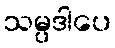
သမ္ပဒါပေ